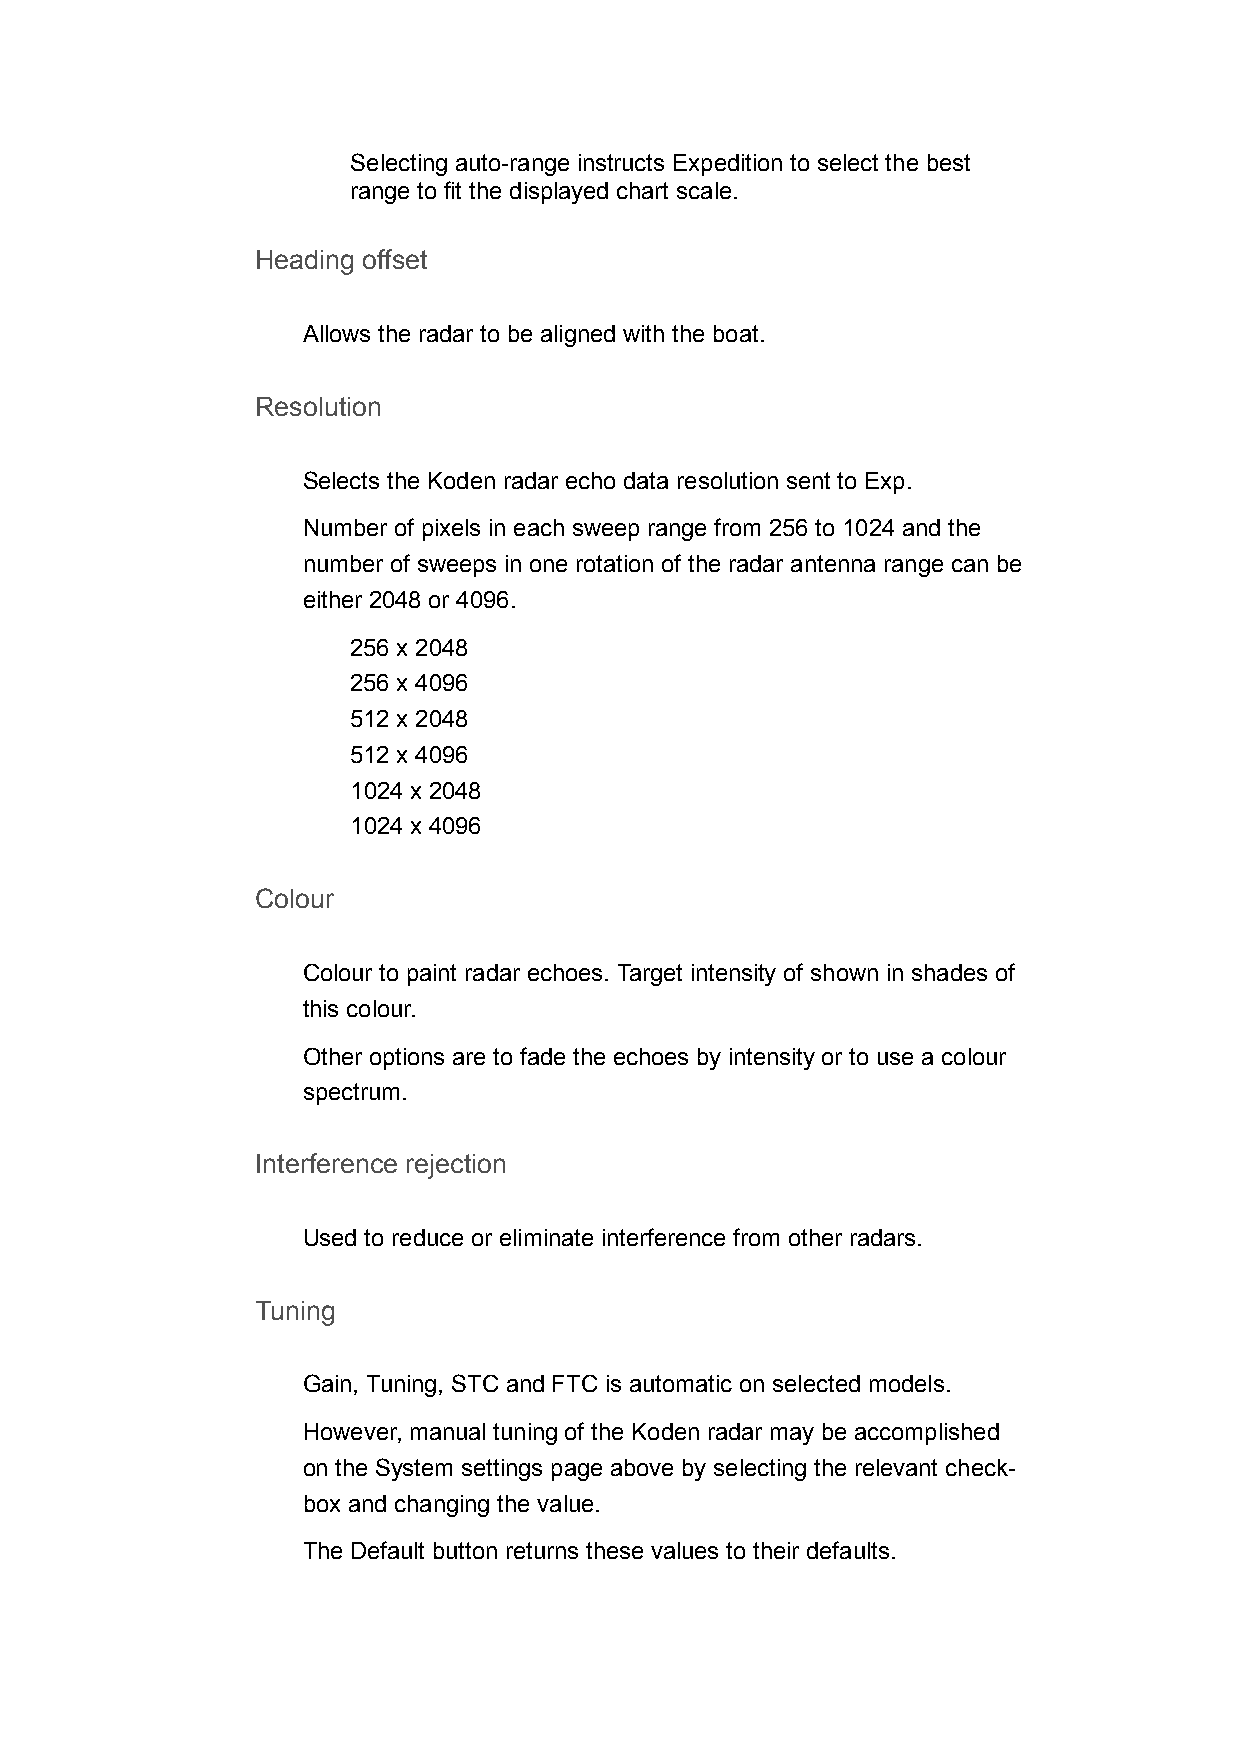
Selecting auto-range instructs Expedition to select the best
 range to fit the displayed chart scale.
 Heading offset
 Allows the radar to be aligned with the boat.
 Resolution
 Selects the Koden radar echo data resolution sent to Exp.
 Number of pixels in each sweep range from 256 to 1024 and the
 number of sweeps in one rotation of the radar antenna range can be
 either 2048 or 4096.
 256 x 2048
 256 x 4096
 512 x 2048
 512 x 4096
 1024 x 2048
 1024 x 4096
 Colour
 Colour to paint radar echoes. Target intensity of shown in shades of
 this colour.
 Other options are to fade the echoes by intensity or to use a colour
 spectrum.
 Interference rejection
 Used to reduce or eliminate interference from other radars.
 Tuning
 Gain, Tuning, STC and FTC is automatic on selected models.
 However, manual tuning of the Koden radar may be accomplished
 on the System settings page above by selecting the relevant check-
 box and changing the value.
 The Default button returns these values to their defaults.